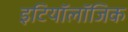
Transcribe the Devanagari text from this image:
इटियॉलॉजिक